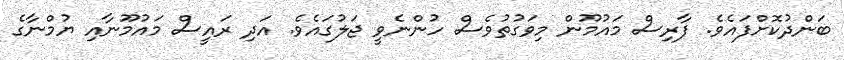
ބަންދުކޮށްފައެވެ. ފާރިސް މައުމޫން މިވަގުތުވެސް ހުންނެވީ ޖަލުގައެވެ. އަދި ރައީސް މައުމޫނާއި ޔުމްނާގެ